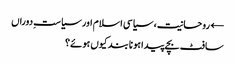
← روحانیت، سیاسی اسلام اور سیاستِ دوراں
سافٹ بچے پیدا ہونا بند کیوں ہوئے؟